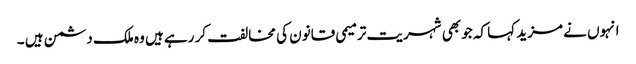
انہوں نے مزید کہا کہ جو بھی شہریت ترمیمی قانون کی مخالفت کر رہے ہیں وہ ملک دشمن ہیں ۔